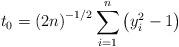
LaTeX: \begin{align*}t_{0}=\left(2n\right)^{-1/2}\sum_{i=1}^{n}\left( y_{i}^{2}-1\right)\end{align*}